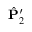
\hat { { \bf P } } _ { 2 } ^ { \prime }